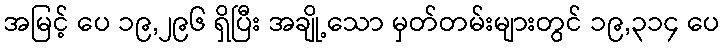
အမြင့် ပေ ၁၉,၂၉၆ ရှိပြီး အချို့သော မှတ်တမ်းများတွင် ၁၉,၃၁၄ ပေ